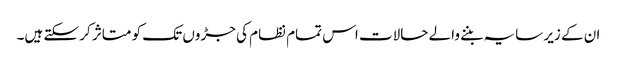
ان کے زیر سایہ بننے والے حالات اس تمام نظام کی جڑوں تک کو متاثر کر سکتے ہیں۔